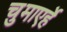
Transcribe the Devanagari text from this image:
चुमाएर्हे